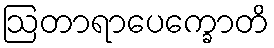
ဩတာရာပေက္ခောတိ